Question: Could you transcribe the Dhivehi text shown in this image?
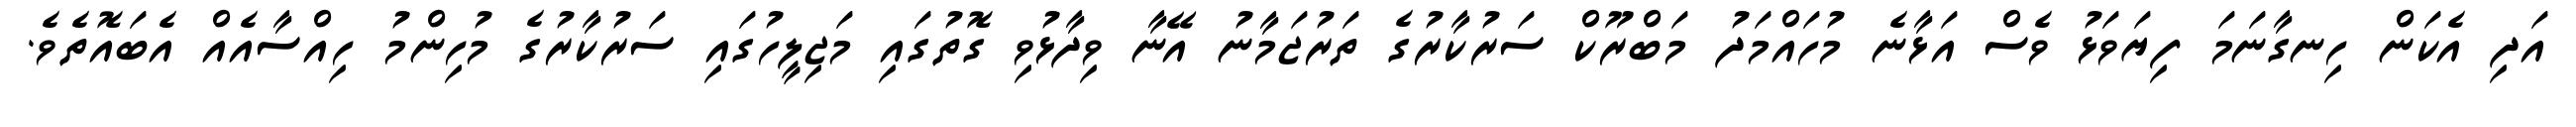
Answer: އަދި އެކަން ހިނގާނަމަ ފިޔަވަޅު ވެސް އަޅާނެ މުހައްމަދު މަބްރޫކް ސަރުކާރުގެ ތަރުޖަމާނު އޭނާ ވިދާޅުވި ގޮތުގައި މަޖިލީހުގައި ސަރުކާރުގެ މުހިންމު ހިއްސާއެއް އެބައޮތެވެ.